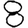
Digit: 8